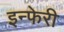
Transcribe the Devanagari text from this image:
इन्फेरी